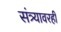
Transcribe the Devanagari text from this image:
संत्र्यावरही